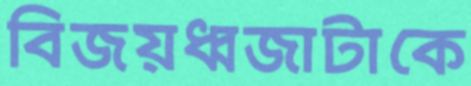
বিজয়ধ্বজাটাকে